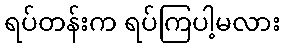
ရပ်တန်းက ရပ်ကြပါ့မလား